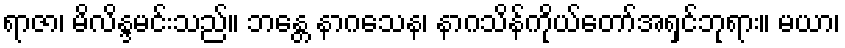
ရာဇာ၊ မိလိန္ဒမင်းသည်။ ဘန္တေ နာဂသေန၊ နာဂသိန်ကိုယ်တော်အရှင်ဘုရား။ မယာ၊